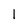
Character: 1